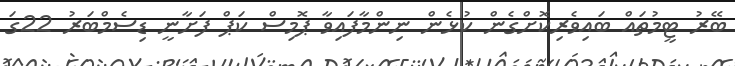
ބޭރު ޓީމުތައް ބައިވެރިކޮށްގެން ކުޅެން ނިންމާފައިވާ ޕޮމިސް ކަޕް ފަށާނީ ޑިސެމްބަރު 22ގަ